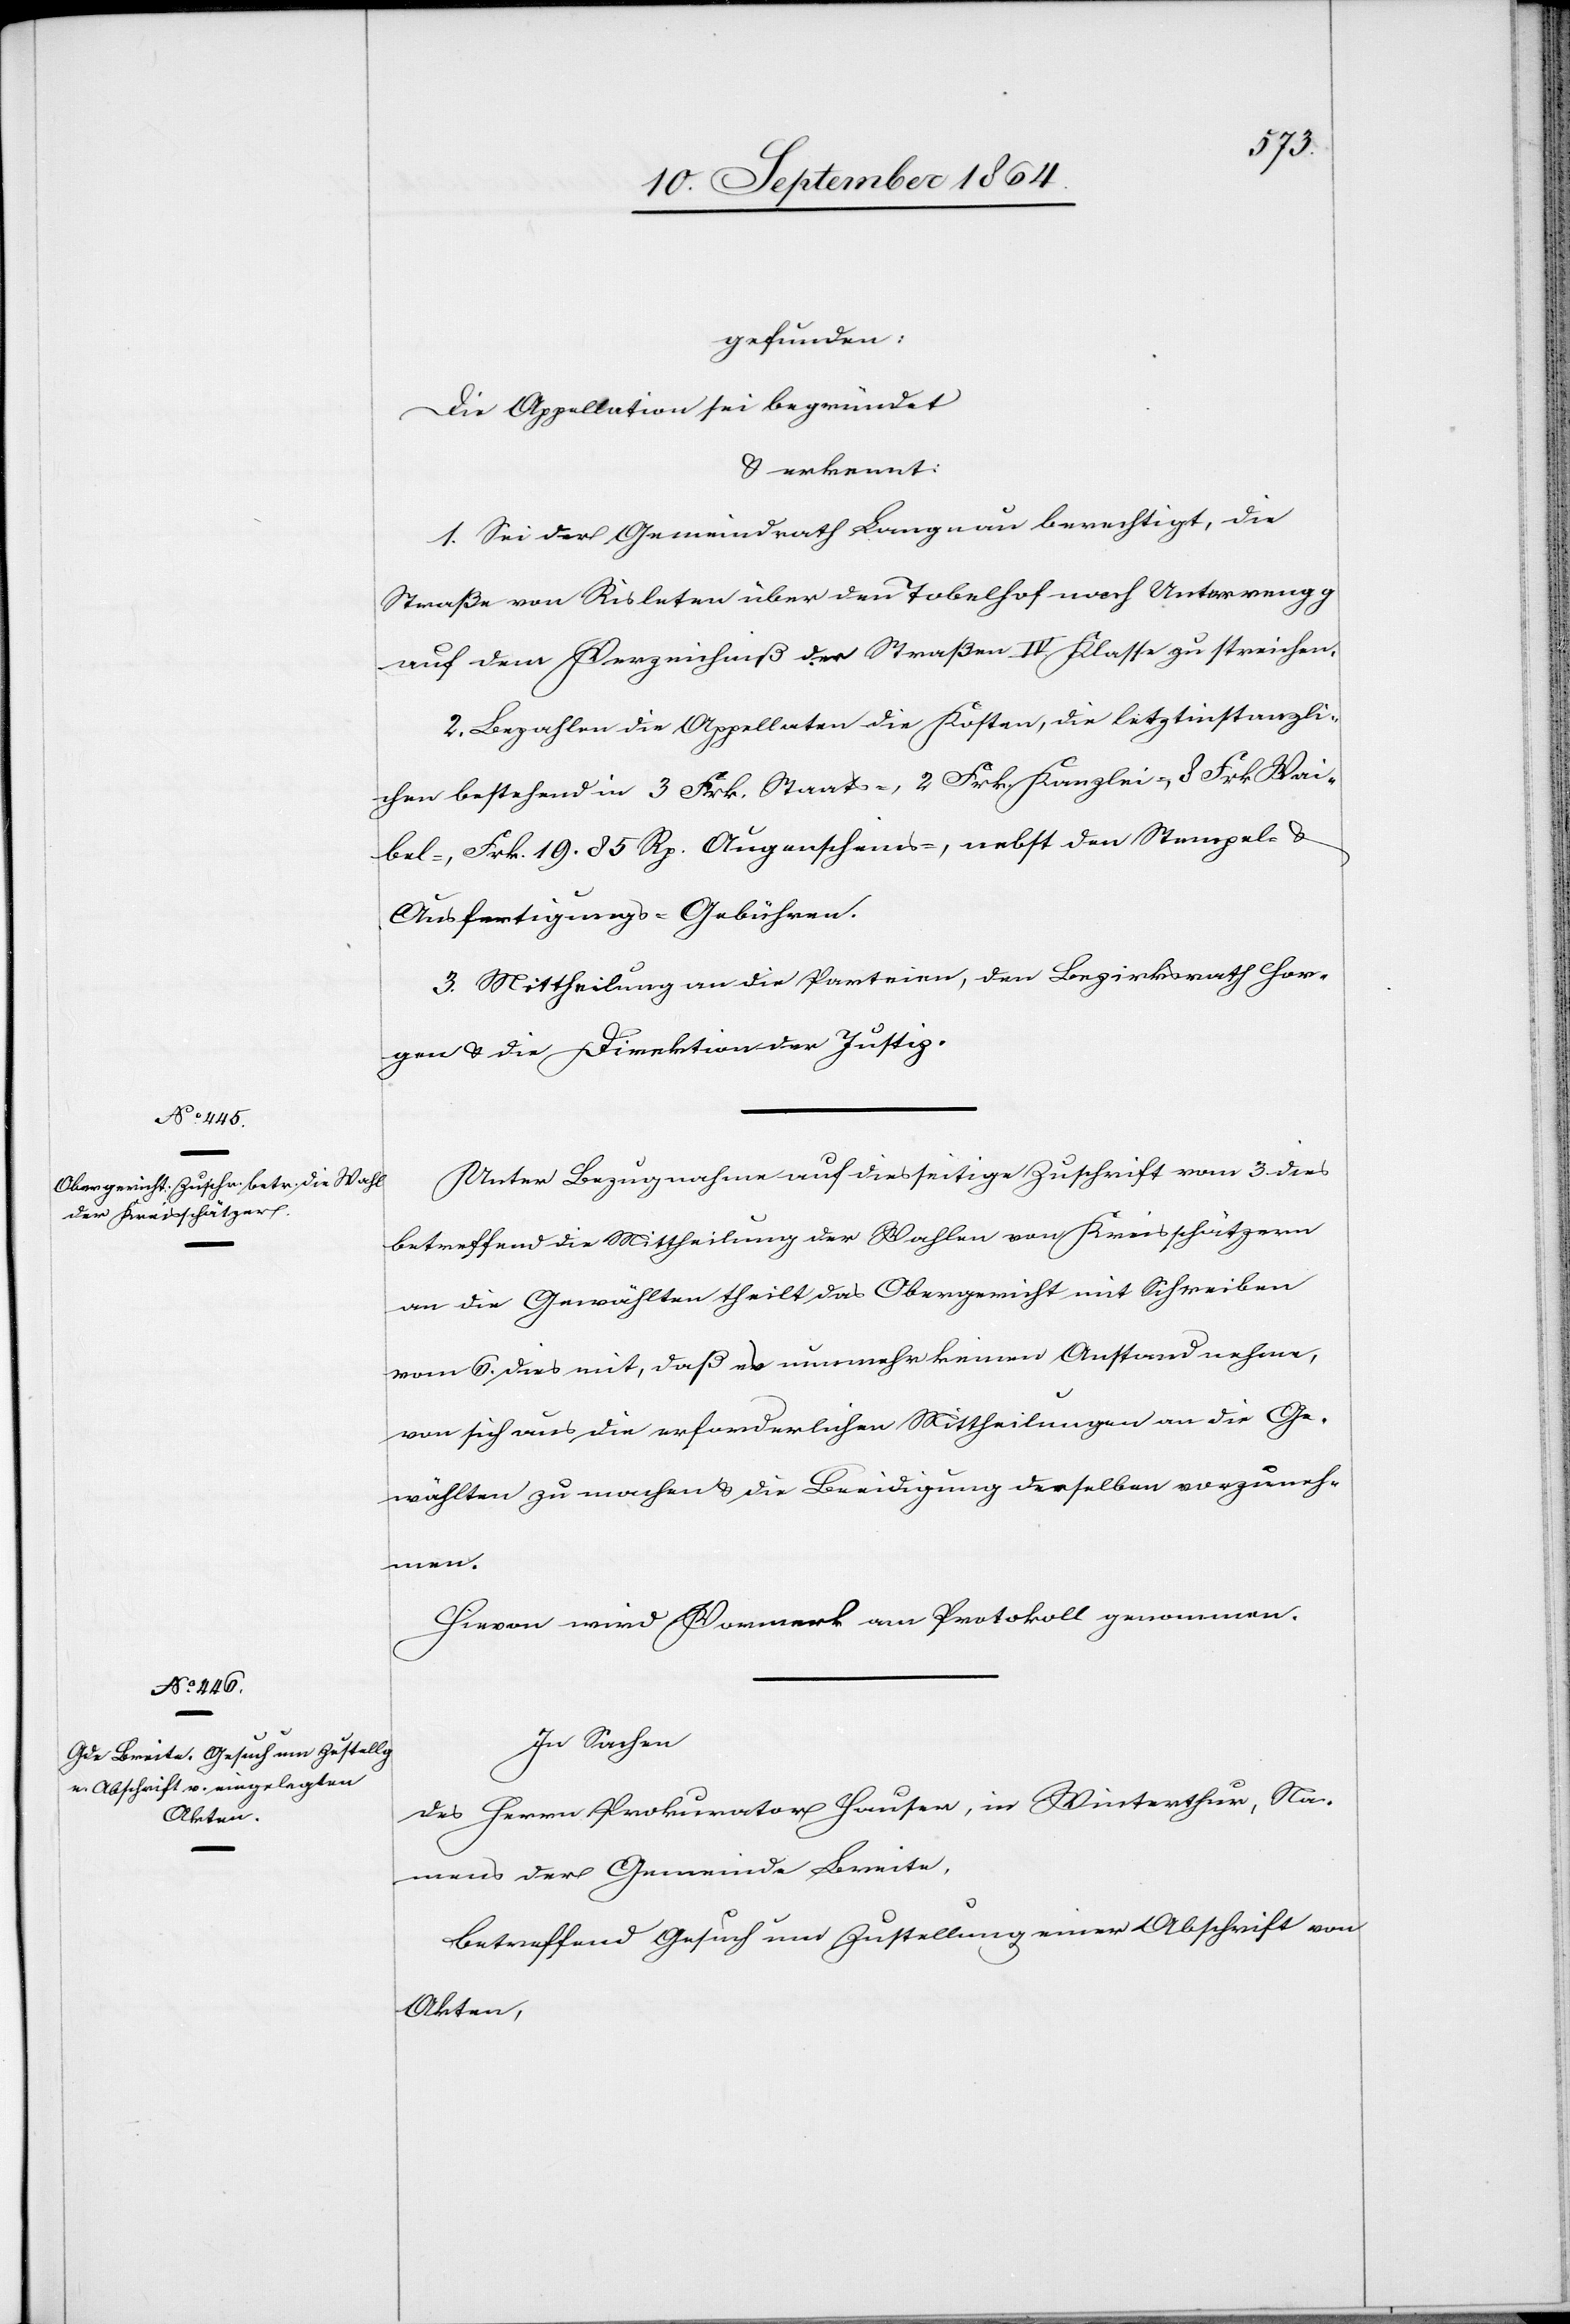
gefunden:
Die Appellation sei begründet
& erkannt:
1. Sei der Gemeindrath Langnau berechtigt, die
Straße von Risleten über den Tobelhof nach Unterrengg
auf dem Verzeichniß der Straßen IV. Klasse zu streichen.
2. Bezahlen die Appellaten die Kosten, die letztinstanzli¬
chen bestehend in 3 Frk. Staats-, 2 Frk. Waibel-, Frk. 19.85
Ausfertigungs-Gebühren.
3. Mittheilung an die Parteien, den Bezirksrath Hor¬
gen & die Direktion der Justiz.
Unter Bezugnahme auf diesseitige Zuschrift vom 3. dies
betreffend die Mittheilung der Wahlen von Kreisschätzern
an die Gewählten theilt das Obergericht mit Schreiben
vom 6. dies mit, daß es nunmehr keinen Anstand nehme,
von sich aus die erforderlichen Mittheilungen an die Ge¬
wählten zu machen & die Beeidigung derselben vorzuneh¬
men.
Hievon wird Vormerk am Protokoll genommen.
In Sachen
des Herrn Prokurator Hauser, in Winterthur, Na¬
mens der Gemeinde Breite,
betreffend Gesuch um Zustellung einer Abschrift von
Akten,